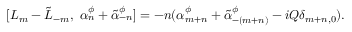
[ L _ { m } - \tilde { L } _ { - m } , ~ \alpha _ { n } ^ { \phi } + \tilde { \alpha } _ { - n } ^ { \phi } ] = - n ( \alpha _ { m + n } ^ { \phi } + \tilde { \alpha } _ { - ( m + n ) } ^ { \phi } - i Q \delta _ { m + n , 0 } ) .